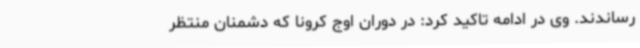
رساندند. وی در ادامه تاکید کرد: در دوران اوج کرونا که دشمنان منتظر